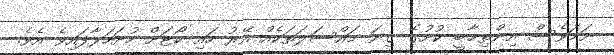
ނަމަވެސް އިންތިޚާބީ ކުށުގެ ގިނަ މައްސަލަތަކެއް އޭރު ހައި ކޯޓަށް ހުށަހަޅާފައިވެ އެވެ.